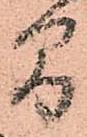
間